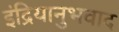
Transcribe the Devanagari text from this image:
इंद्रियानुभवाद